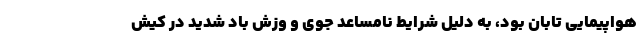
هواپیمایی تابان بود، به دلیل شرایط نامساعد جوی و وزش باد شدید در کیش